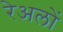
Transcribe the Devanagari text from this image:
रेअलों